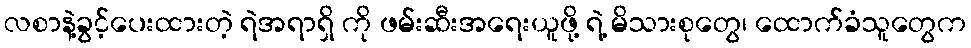
လစာနဲ့ခွင့်ပေးထားတဲ့ ရဲအရာရှိ ကို ဖမ်းဆီးအရေးယူဖို့ ရဲ့ မိသားစုတွေ၊ ထောက်ခံသူတွေက